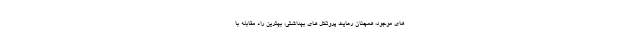
های موجود، همچنان رعایت پروتکل های بهداشتی، بهترین راه مقابله با